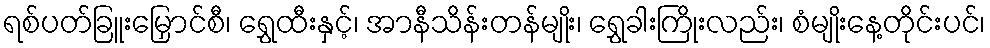
ရစ်ပတ်ခြူးမြှောင်စီ၊ ရွှေထီးနှင့်၊ အာနီသိန်းတန်မျိုး၊ ရွှေခါးကြိုးလည်း၊ စံမျိုးနေ့တိုင်းပင်၊